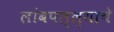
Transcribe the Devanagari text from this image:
लांबपल्ल्याचे